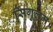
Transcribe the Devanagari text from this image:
सिंगुलम